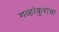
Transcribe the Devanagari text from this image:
गव्हांकुराचा